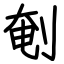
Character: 剦